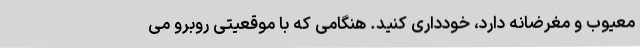
معیوب و مغرضانه دارد، خودداری کنید. هنگامی که با موقعیتی روبرو می